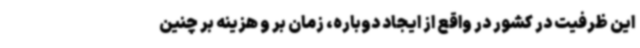
این ظرفیت در کشور در واقع از ایجاد دوباره، زمان بر و هزینه بر چنین